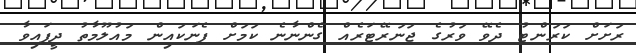
ރަށަށް ކަރަންޓު ދެވޭ ވަރުގެ ޖަނަރޭޓަރެއް ގެންނާނެ ކަމަށް ފެނަކައިން މައުލޫމާތު ދީފައިވާ